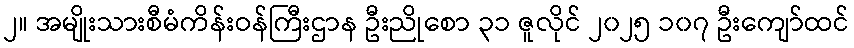
၂။ အမျိုးသားစီမံကိန်းဝန်ကြီးဌာန ဦးညိုစော ၃၁ ဇူလိုင် ၂၀၂၅ ၁၀၇ ဦးကျော်ထင်